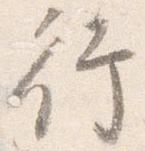
行